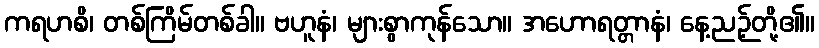
ကရဟစိ၊ တစ်ကြိမ်တစ်ခါ။ ဗဟူနံ၊ များစွာကုန်သော။ အဟောရတ္တာနံ၊ နေ့ညဉ့်တို့၏။